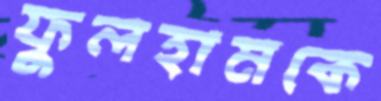
ফুলহামকে